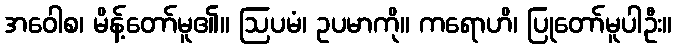
အဝေါစ၊ မိန့်တော်မူ၏။ ဩပမံ၊ ဥပမာကို။ ကရောဟိ၊ ပြုတော်မူပါဦး။